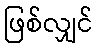
ဖြစ်လျှင်